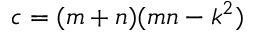
c = ( m + n ) ( m n - k ^ { 2 } )